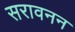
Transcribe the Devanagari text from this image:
सरावनन